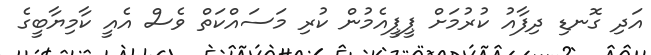
އަދި ގޮނޑި ދިފާއު ކުރުމަށް ޕީޕީއެމުން ކުރި މަސައްކަތް ވެސް އެއީ ކާމިޔާބީގެ